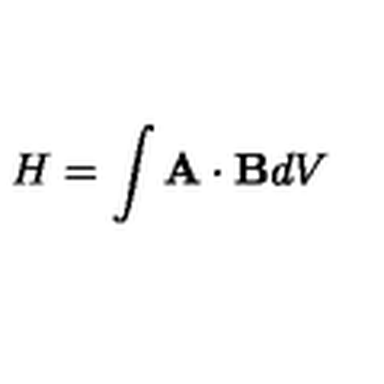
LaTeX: H = \int { \bf A } \cdot { \bf B } d V